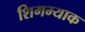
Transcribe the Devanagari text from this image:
शिगम्याक